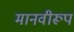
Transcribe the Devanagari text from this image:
मानवीरूप